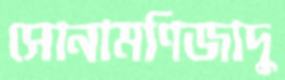
সোনামণিজাদু